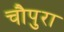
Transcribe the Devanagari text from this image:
चौपुरा